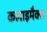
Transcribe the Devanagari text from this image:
कलाइमैक्स